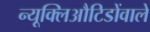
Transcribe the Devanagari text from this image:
न्यूक्लिऔटिडोंवाले